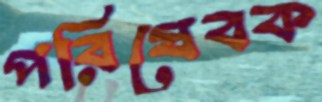
পরিষেবক